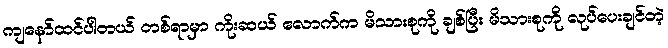
ကျနော်ထင်ပါတယ် တစ်ရာမှာ ကိုးဆယ် လောက်က မိသားစုကို ချစ်ပြီး မိသားစုကို လုပ်ပေးချင်တဲ့